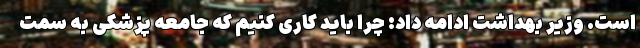
است. وزیر بهداشت ادامه داد: چرا باید کاری کنیم که جامعه پزشکی به سمت